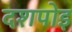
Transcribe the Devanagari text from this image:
दशपोइ